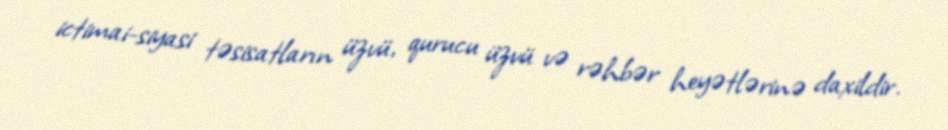
ictimai-siyasi təsisatların üzvü, qurucu üzvü və rəhbər heyətlərinə daxildir.